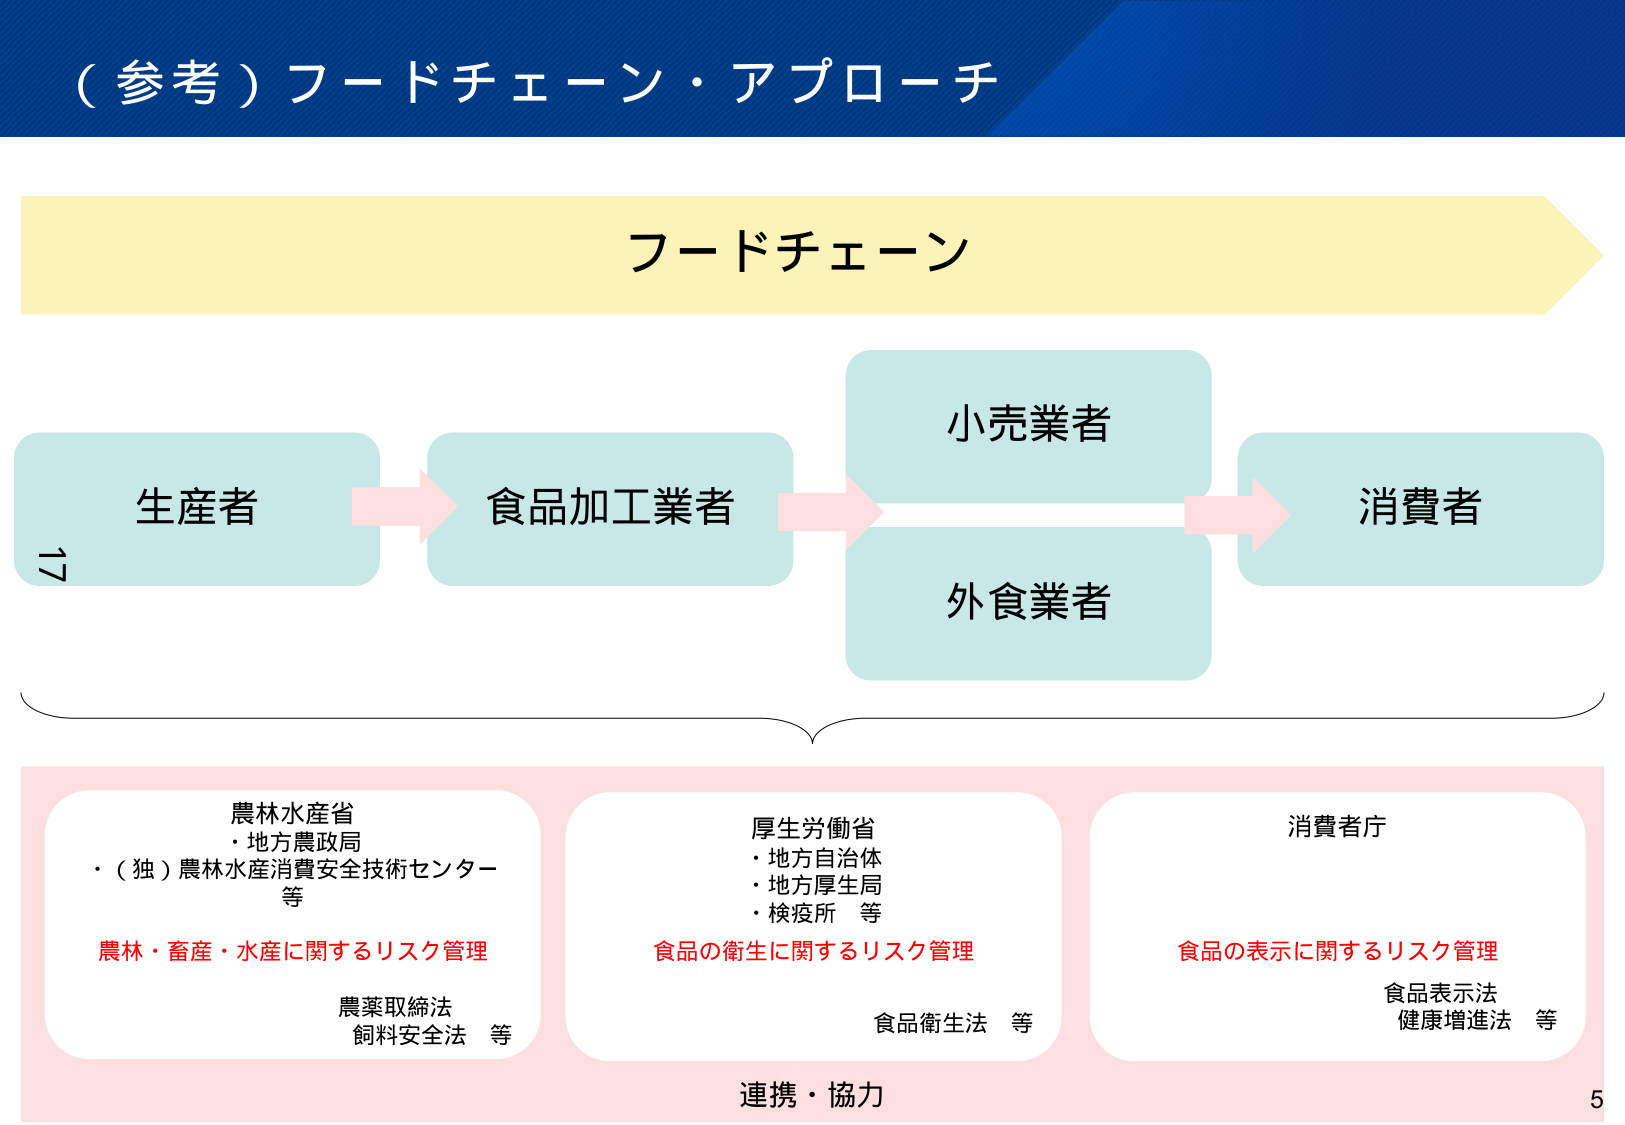
（参考）フードチェーン・アプローチ

フードチェーン

生産者 → 食品加工業者 → 小売業者 → 消費者
　　　　　　　　　　　　　　↓
　　　　　　　　　　　　　　外食業者

農林水産省
・地方農政局
・（独）農林水産消費安全技術センター
　等

農林・畜産・水産に関するリスク管理

農薬取締法
飼料安全法　等

厚生労働省
・地方自治体
・地方厚生局
・検疫所　等

食品の衛生に関するリスク管理

食品衛生法　等

消費者庁

食品の表示に関するリスク管理

食品表示法
健康増進法　等

連携・協力

17
5